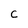
Character: C